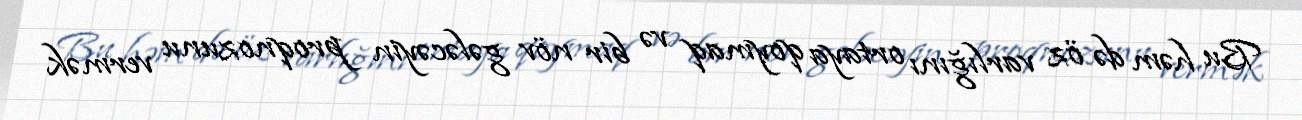
Bu həm də öz varlığını ortaya qoymaq və bir növ gələcəyin proqnozunu vermək